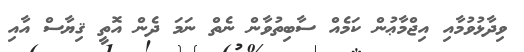
ވިދާޅުވުމާއި އިޖްމާޢުން ކަމެއް ސާބިތުވާން ނެތް ނަމަ ދެން އޮތީ ޤިޔާސް އާއި